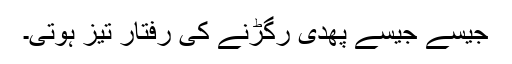
جیسے جیسے پھدی رگڑنے کی رفتار تیز ہوتی۔